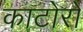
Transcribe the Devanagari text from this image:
काटोरों